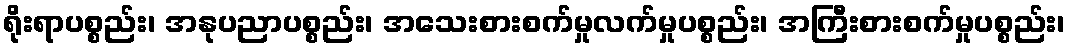
ရိုးရာပစ္စည်း၊ အနုပညာပစ္စည်း၊ အသေးစားစက်မှုလက်မှုပစ္စည်း၊ အကြီးစားစက်မှုပစ္စည်း၊